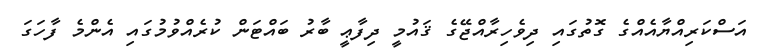
އަސްކަރިއްޔާއެއްގެ ގޮތުގައި ދިވެހިރާއްޖޭގެ ޤައުމީ ދިފާޢީ ބާރު ބައްޓަން ކުރެއްވުމުގައި އެންމެ ފާހަގަ